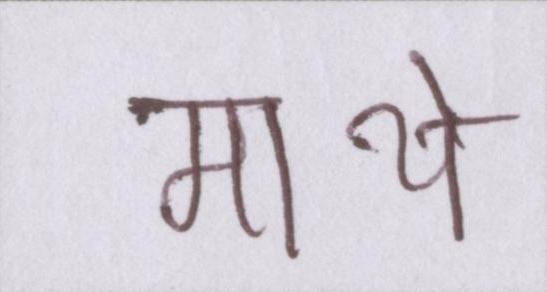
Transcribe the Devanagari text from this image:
माथे